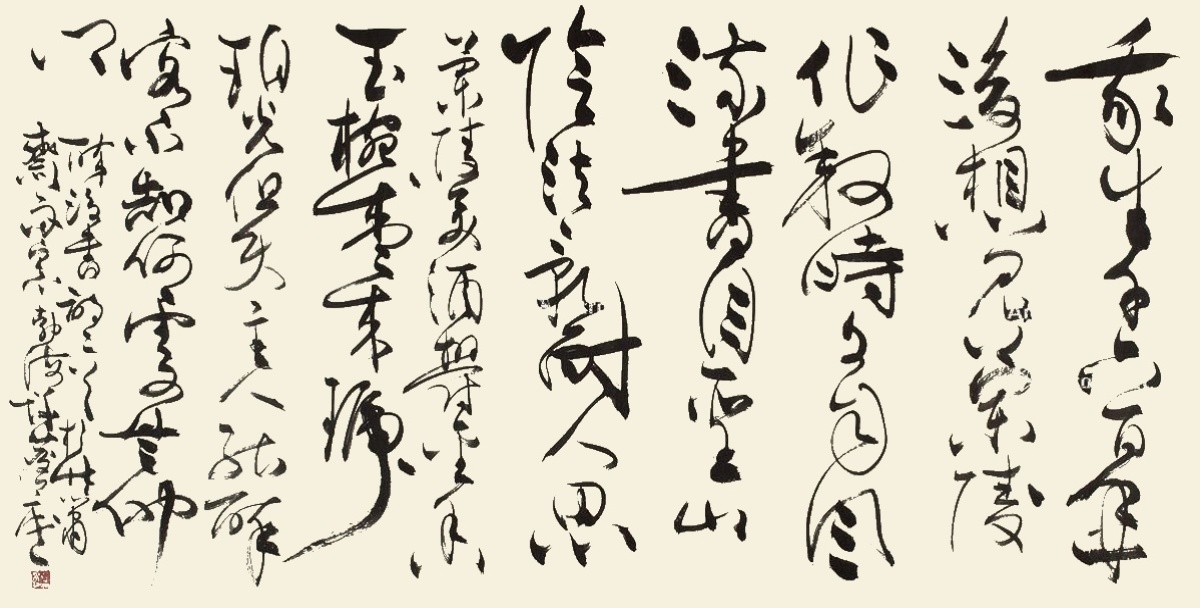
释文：我生千六百年后，想见兰陵作叙时。文自风流书自圣，山阴法乳耐人思。兰陵美酒郁金香，玉碗盛来琥珀光。但使主人能醉客，不知何处是他乡。醉后书诗二首，于竹萧斋雨窗，勃海许麟庐。